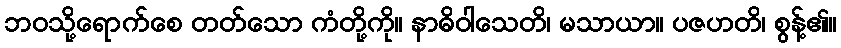
ဘဝသို့ရောက်စေ တတ်သော ကံတို့ကို။ နာဓိဝါသေတိ၊ မသာယာ။ ပဇဟတိ၊ စွန့်၏။